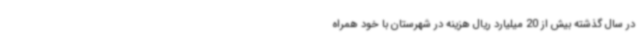
در سال گذشته بیش از 20 میلیارد ریال هزینه در شهرستان با خود همراه